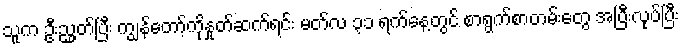
သူက ဦးညွှတ်ပြီး ကျွန်တော့်ကိုနှုတ်ဆက်ရင်း မတ်လ ၃၁ ရက်နေ့တွင် စာရွက်စာတမ်းတွေ အပြီးလုပ်ပြီး